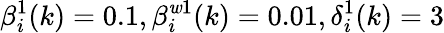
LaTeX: \beta_{i}^{1}(k)=0.1,\beta_{i}^{\mathit{w}1}(k)=0.01,\delta_{i}^{1}(k)=3